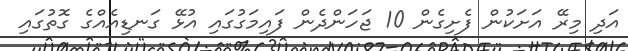
އަދި މިރޭ އަށަކުން ފެށިގެން 10 ޖަހަންދެން ފައިމަގުގައި އުޅޭ ގަނޑިއެއްގެ ގޮތުގައި